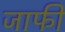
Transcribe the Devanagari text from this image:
जाफी